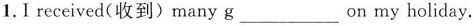
1. I receivedd(收到) many g ___ on my holiday.